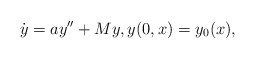
\begin{align*}\dot y=ay''+My, y(0,x)=y_0(x),\end{align*}